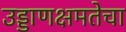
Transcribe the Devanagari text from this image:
उड्डाणक्षमतेचा